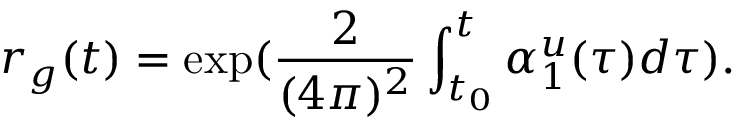
r _ { g } ( t ) = \exp ( \frac { 2 } { ( 4 \pi ) ^ { 2 } } \int _ { t _ { 0 } } ^ { t } \alpha _ { 1 } ^ { u } ( \tau ) d \tau ) .